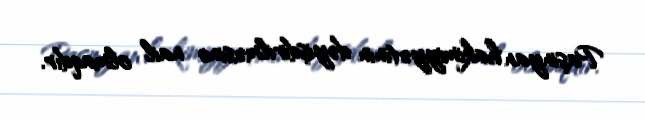
Paşinyan hakimiyyətinin dəyişdirilməsinə nail olmaqdır.